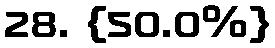
28. {50.0%}